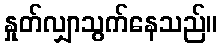
နှုတ်လျှာသွက်နေသည်။